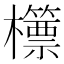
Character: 𣠓